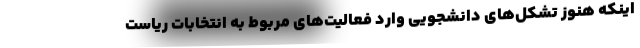
اینکه هنوز تشکل‌های دانشجویی وارد فعالیت‌های مربوط به انتخابات ریاست